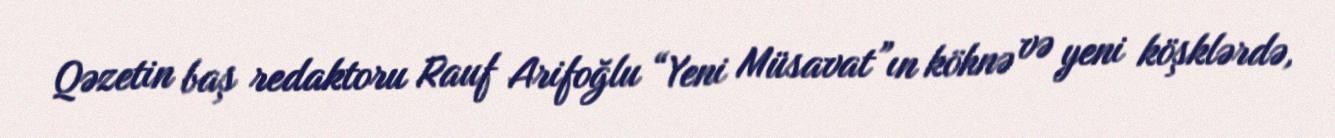
Qəzetin baş redaktoru Rauf Arifoğlu “Yeni Müsavat”ın köhnə və yeni köşklərdə,